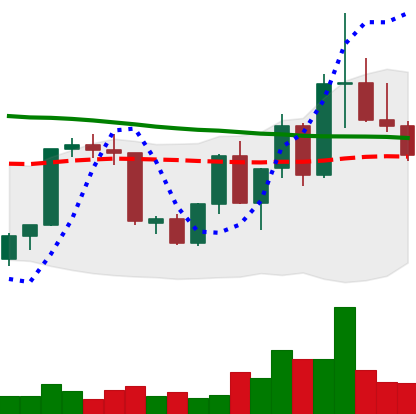
Ticker: XLM-USD
Chart end date: 2022-09-26
Forward return: 6.799%
Label: up_5_7